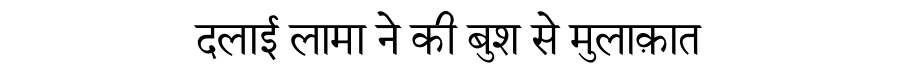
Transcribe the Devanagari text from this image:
दलाई लामा ने की बुश से मुलाक़ात